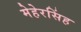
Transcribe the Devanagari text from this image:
मेहेरसिंह